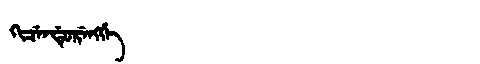
Manchu: ᡴᡳᠴᡝᠨᡩᡠᡵᡝᠩᡤᡝ
Romanization: KICENDURENGGE